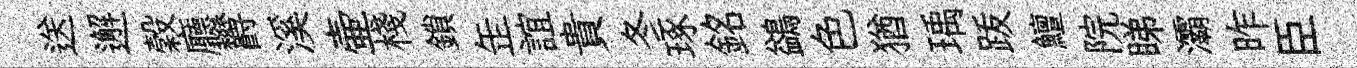
送邂穀廳欝溪壷棧鎖𦈢誼貴冬琢銘鷁色猶瑀䟦鱣院睇灞昨臣